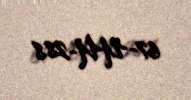
67-UU-288